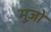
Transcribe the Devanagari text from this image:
मुज़ो